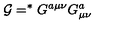
{ \cal G } = ^ { \ast } G ^ { a \mu \nu } G _ { \mu \nu } ^ { a }